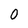
Character: 0